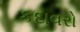
કદાવરો